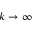
k \rightarrow \infty